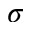
\sigma